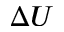
\Delta U